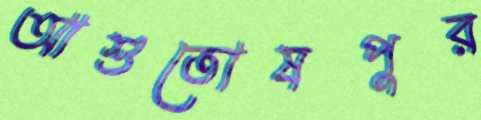
আশুতোষপুর